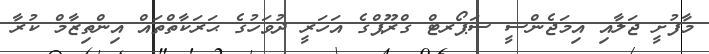
މާފުށީ ޖަލާއި އިމަޖެންސީ ސަޕޯރޓް ގްރޫޕްގެ އަހަރީ ދުވަހުގެ ޙަރަކާތްތައް އިންތިޒާމް ކުރާ